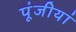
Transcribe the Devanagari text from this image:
पूंजीयां